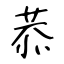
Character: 恭